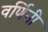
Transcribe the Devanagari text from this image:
वर्णिनी